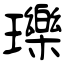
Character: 瓅